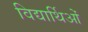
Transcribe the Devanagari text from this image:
विद्यार्थिओं